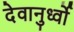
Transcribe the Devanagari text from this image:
देवानुर्ध्वो